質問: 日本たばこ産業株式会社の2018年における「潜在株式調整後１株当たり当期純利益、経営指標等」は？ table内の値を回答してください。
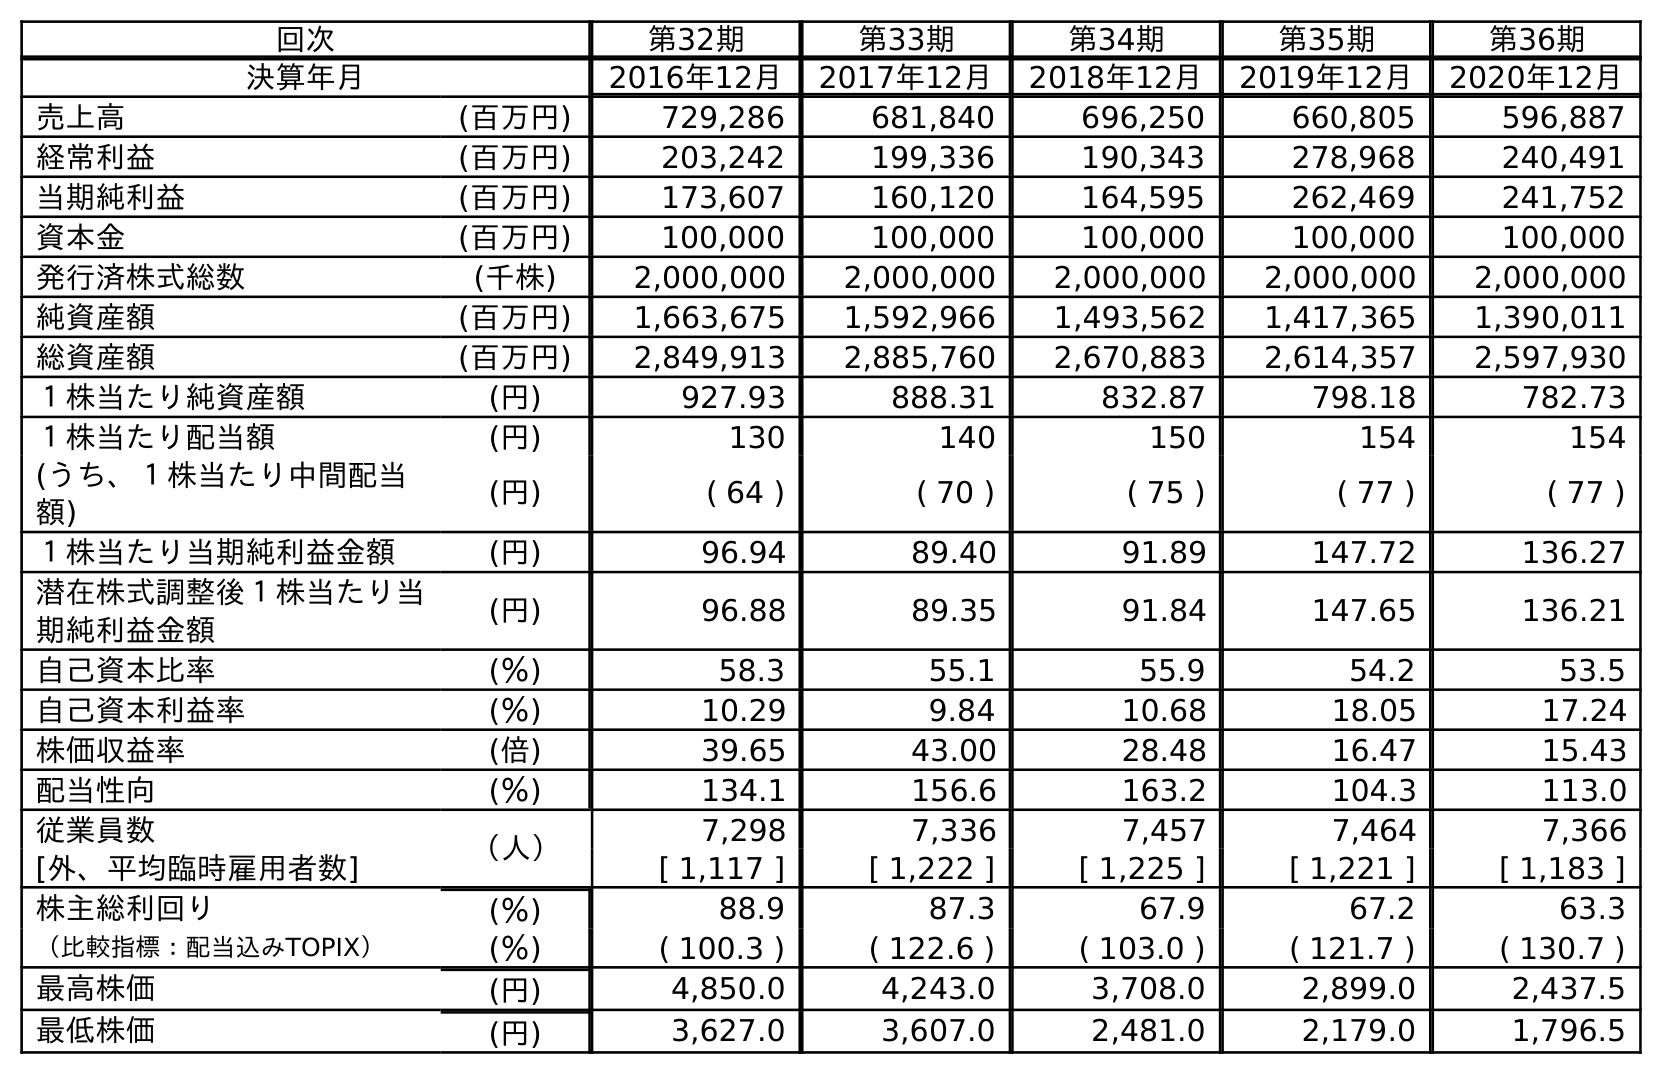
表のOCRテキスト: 回次 第32期 第33期 第34期 第35期 第36期 決算年月 2016年12月 2017年12月 2018年12月 2019年12月 2020年12月 売上高 (百万円) 729,286 681,840 696,250 660,805 596,887 経常利益 (百万円) 203,242 199,336 190,343 278,968 240,491 当期純利益 (百万円) 173,607 160,120 164,595 262,469 241,752 資本金 (百万円) 100,000 100,000 100,000 100,000 100,000 発行済株式総数 (千株) 2,000,000 2,000,000 2,000,000 2,000,000 2,000,000 純資産額 (百万円) 1,663,675 1,592,966 1,493,562 1,417,365 1,390,011 総資産額 (百万円) 2,849,913 2,885,760 2,670,883 2,614,357 2,597,930 １株当たり純資産額 (円) 927.93 888.31 832.87 798.18 782.73 １株当たり配当額 (円) 130 140 150 154 154 (うち、１株当たり中間配当 額) (円) ( 64 ) ( 70 ) ( 75 ) ( 77 ) ( 77 ) １株当たり当期純利益金額 (円) 96.94 89.40 91.89 147.72 136.27 潜在株式調整後１株当たり当 期純利益金額 (円) 96.88 89.35 91.84 147.65 136.21 自己資本比率 (％) 58.3 55.1 55.9 54.2 53.5 自己資本利益率 (％) 10.29 9.84 10.68 18.05 17.24 株価収益率 (倍) 39.65 43.00 28.48 16.47 15.43 配当性向 (％) 134.1 156.6 163.2 104.3 113.0 従業員数 （人） 7,298 7,336 7,457 7,464 7,366 [外、平均臨時雇用者数] [ 1,117 ] [ 1,222 ] [ 1,225 ] [ 1,221 ] [ 1,183 ] 株主総利回り (％) 88.9 87.3 67.9 67.2 63.3 （比較指標：配当込みTOPIX） (％) ( 100.3 ) ( 122.6 ) ( 103.0 ) ( 121.7 ) ( 130.7 ) 最高株価 (円) 4,850.0 4,243.0 3,708.0 2,899.0 2,437.5 最低株価 (円) 3,627.0 3,607.0 2,481.0 2,179.0 1,796.5
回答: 91.84